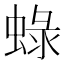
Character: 𧌍